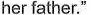
her father."